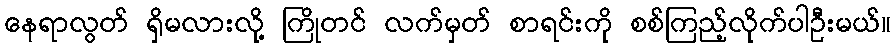
နေရာလွတ် ရှိမလားလို့ ကြိုတင် လက်မှတ် စာရင်းကို စစ်ကြည့်လိုက်ပါဦးမယ်။